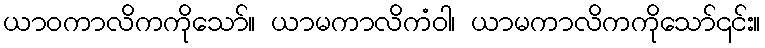
ယာဝကာလိကကိုသော်။ ယာမကာလိကံဝါ၊ ယာမကာလိကကိုသော်၎င်း။